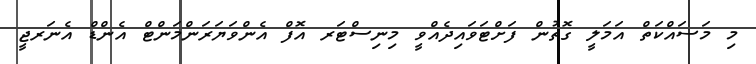
މި މަސައްކަތް އަމަލީ ގޮތުން ފަށްޓަވައިދެއްވީ މިނިސްޓަރ އޮފް އެންވަޔަރަންމަންޓް އެންޑް އެނަރޖީ